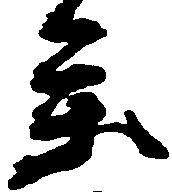
参